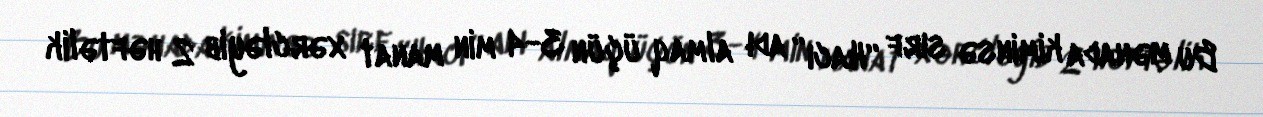
Bu mənada kiminsə sırf “Hacı” adı almaq üçün 3-4 min manat xərcləyib 2 həftəlik